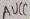
Text: AUCC